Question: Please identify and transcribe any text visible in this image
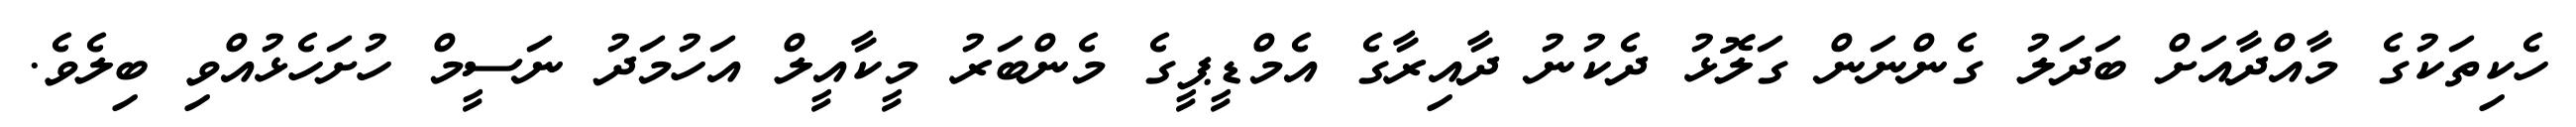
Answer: ހެކިތަކުގެ މާއްދާއަށް ބަދަލު ގެންނަން ގަލޮޅު ދެކުނު ދާއިރާގެ އެމްޑީޕީގެ މެންބަރު މީކާއީލް އަހުމަދު ނަސީމް ހުށަހެޅުއްވި ބިލެވެ.